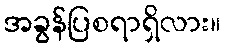
အခွန်ပြစရာရှိလား။